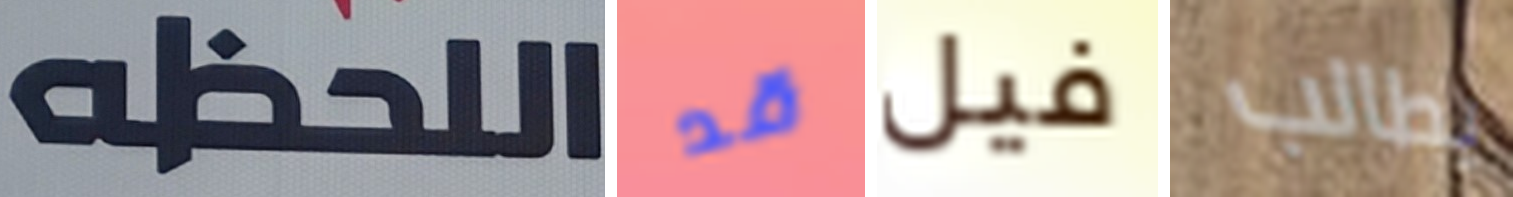
اللحظه قد فيل يطالب